Sanitation, dispensaries and jails vaccination Rajputana 1922-1927 - 1922-1927
Year: 1922
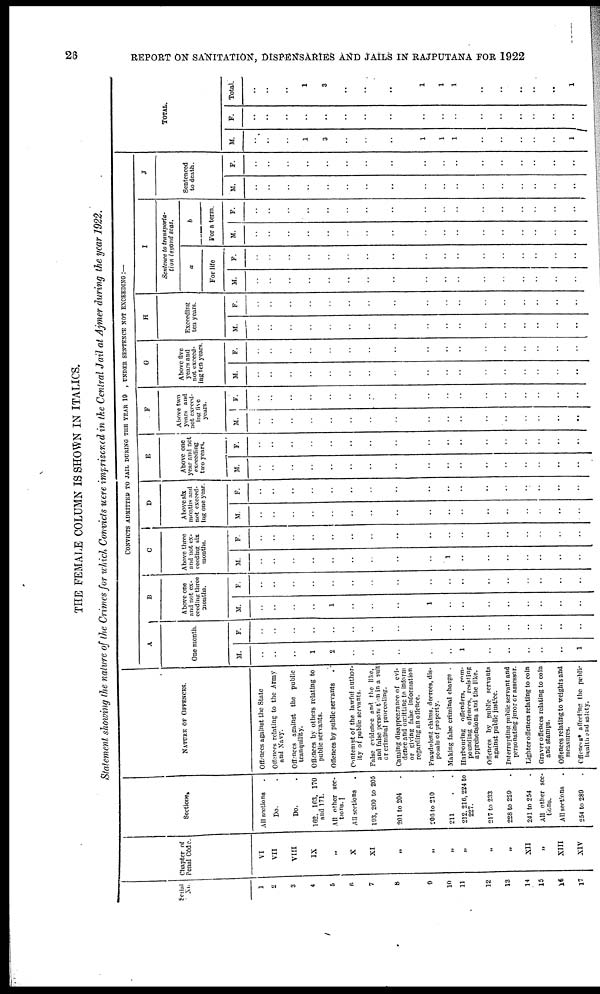
26
REPORT ON SANITATION, DISPENSARIES AND JAILS IN RAJPUTANA FOR 1922
THE FEMALE COLUMN IS SHOWN IN ITALICS.
Statement showing the nature of the Crimes for which Convicts were imprisoned in the Central Jail at Ajmer during the year 1922.
Serial
No.
1
2
3
4
5
6
7
8
9
10
11
12
13
14
15
16
17
Chapter of
Penal Code.
VI
VII
VIII
IX
„
X
XI
„
„
„
„
„
„
XII
„
XIII
XIV
Sections.
All sections .
Do. .
Do. .
162, 163, 170
and 171.
All other sec-
tions.
All sections .
193, 200 to 205
201 to 204 .
206 to 210 .
211 . .
212 210,224 to
227.
217 to 233
228 to 229
241 to 254
All other sec-
tions.
All sections
254 to 289
NATURE OF OFFENCES.
Offences against the State
Offences relating to the Army
and Navy.
Offences against the public
tranquility.
Offences by others relating to
public servants.
Offences by public servants
Contempt of the lawful author-
ity of public servants.
False evidence and the like,
and false personation in a suit
or criminal proceeding.
Causing disappearance of evi-
dence and omitting to inform
or giving false information
regarding an offence.
Fraudulent claims, decrees, dis-
posals of property.
Making false criminal charge .
Harbouring offenders, com-
pounding offences, resisting
apprehensions and the like.
Offences by public servants
against public justice.
Interrupting public servant and
personating juror or assessor.
Lighter offences relating to coin
Graver offences relating to coin
and stamps.
Offences relating to weights and
measures.
Offences* affecting the public
health and safety.
CONVICTS ADMITTED TO JAIL DURING THE YEAR 19 , UNDER SENTENCE NOT EXCEEDING :—
A
One month.
M.
..
..
..
1
2
..
..
..
..
..
1
..
..
..
..
..
1
F.
..
..
..
..
..
..
..
..
..
..
..
..
..
..
..
..
..
B
Above one
and not ex-
ceeding three
months.
M.
..
..
..
..
1
..
..
..
1
..
..
..
..
..
..
..
..
F.
..
..
..
..
..
..
..
..
..
..
..
..
..
..
..
..
..
C
Above three
and not ex-
ceeding six
months.
M.
..
..
..
..
..
..
..
..
..
1
..
..
..
..
..
..
..
F.
..
..
..
..
..
..
..
..
..
..
..
..
..
..
..
..
..
D
Above six
months and
not exceed-
ing one year.
M.
..
..
..
..
..
..
..
..
..
..
..
..
..
..
..
..
..
F.
..
..
..
..
..
..
..
..
..
..
..
..
..
..
..
..
..
E
Above one
year and not
exeeeding
two years.
M.
..
..
..
..
..
..
..
..
..
..
..
..
..
..
..
..
..
F.
..
..
..
..
..
..
..
..
..
..
..
..
..
..
..
..
..
F
Above two
years and
not exceed-
ing live
years.
M.
..
..
..
..
..
..
..
..
..
..
..
..
..
..
..
..
..
F.
..
..
..
..
..
..
..
..
..
..
..
..
..
..
..
..
..
G
Above five
years and
not exceed-
ing ten years.
M.
..
..
..
..
..
..
..
..
..
..
..
..
..
..
..
..
..
F.
..
..
..
..
..
..
..
..
..
..
..
..
..
..
..
..
..
H
Exceeding
ten years.
M.
..
..
..
..
..
..
..
..
..
..
..
..
..
..
..
..
..
F.
..
..
..
..
..
..
..
..
..
..
..
..
..
..
..
..
..
I
Sentence to transporta-
tion beyond seas.
a
For life
M.
..
..
..
..
..
..
..
..
..
..
..
..
..
..
..
..
..
F.
..
..
..
..
..
..
..
..
..
..
..
..
..
..
..
..
..
b
For a term.
M.
..
..
..
..
..
..
..
..
..
..
..
..
..
..
..
..
..
F.
..
..
..
..
..
..
..
..
..
..
..
..
..
..
..
..
..
J
Sentenced
to death.
M.
..
..
..
..
..
..
..
..
..
..
..
..
..
..
..
..
..
F.
..
..
..
..
..
..
..
..
..
..
..
..
..
..
..
..
..
TOTAL.
M.
..
..
..
1
3
..
..
..
1
1
1
..
..
..
..
..
1
F.
..
..
..
..
..
..
..
..
..
..
..
..
..
..
..
..
..
Total.
..
..
..
1
3
..
..
..
1
1
1
..
..
..
..
..
1